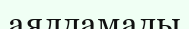
аялдамады